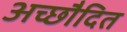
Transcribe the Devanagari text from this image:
अच्छाैदित